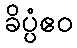
ခိပ္ပံဧဝ